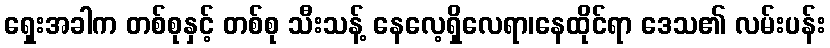
ရှေးအခါက တစ်စုနှင့် တစ်စု သီးသန့် နေလေ့ရှိလေရာ၊နေထိုင်ရာ ဒေသ၏ လမ်းပန်း